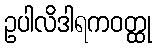
ဥပါလိဒါရကဝတ္ထု